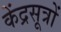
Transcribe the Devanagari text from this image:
केंद्रसूत्रों